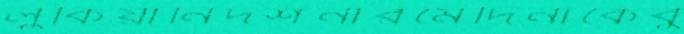
লুকিয়ানিদর্শনারমেদিনাকেবু